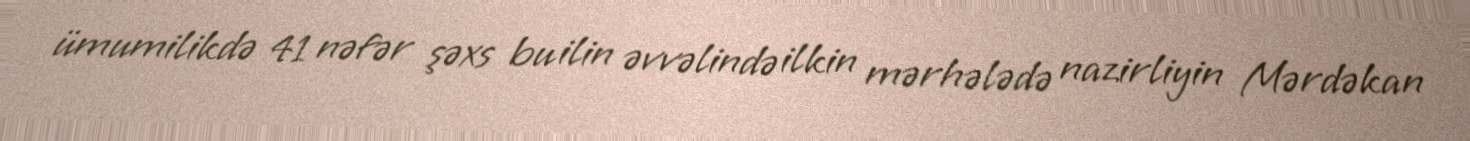
ümumilikdə 41 nəfər şəxs bu ilin əvvəlində ilkin mərhələdə nazirliyin Mərdəkan